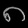
Digit: ၈